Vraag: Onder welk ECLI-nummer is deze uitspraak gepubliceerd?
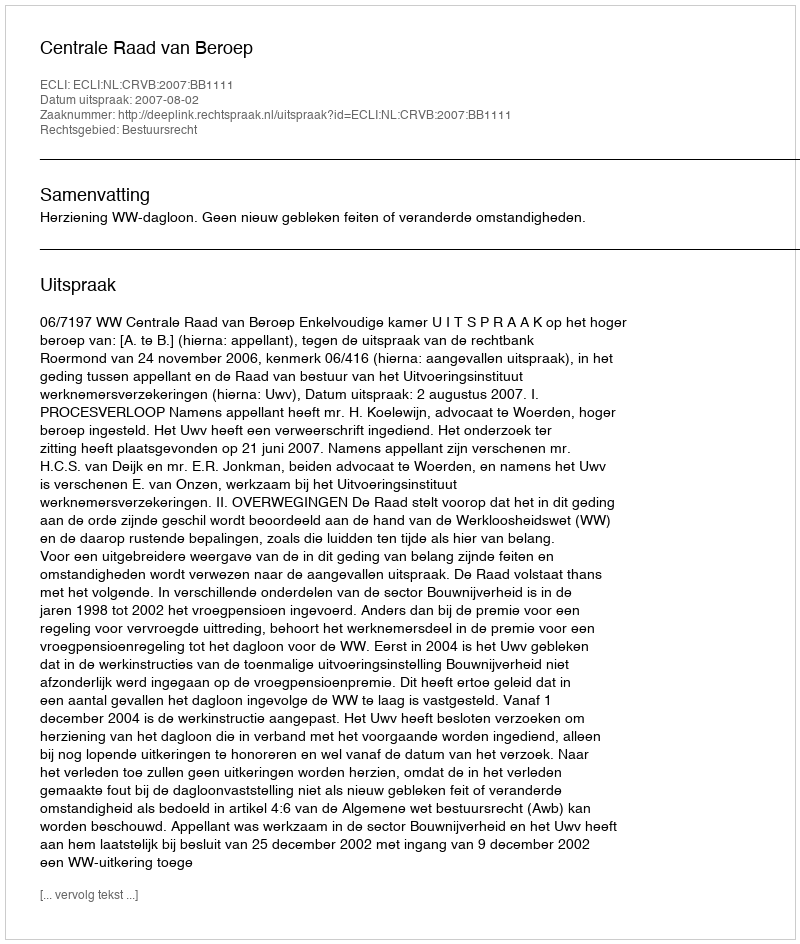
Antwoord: ECLI:NL:CRVB:2007:BB1111